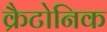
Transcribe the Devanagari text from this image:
क्रैटोनिक